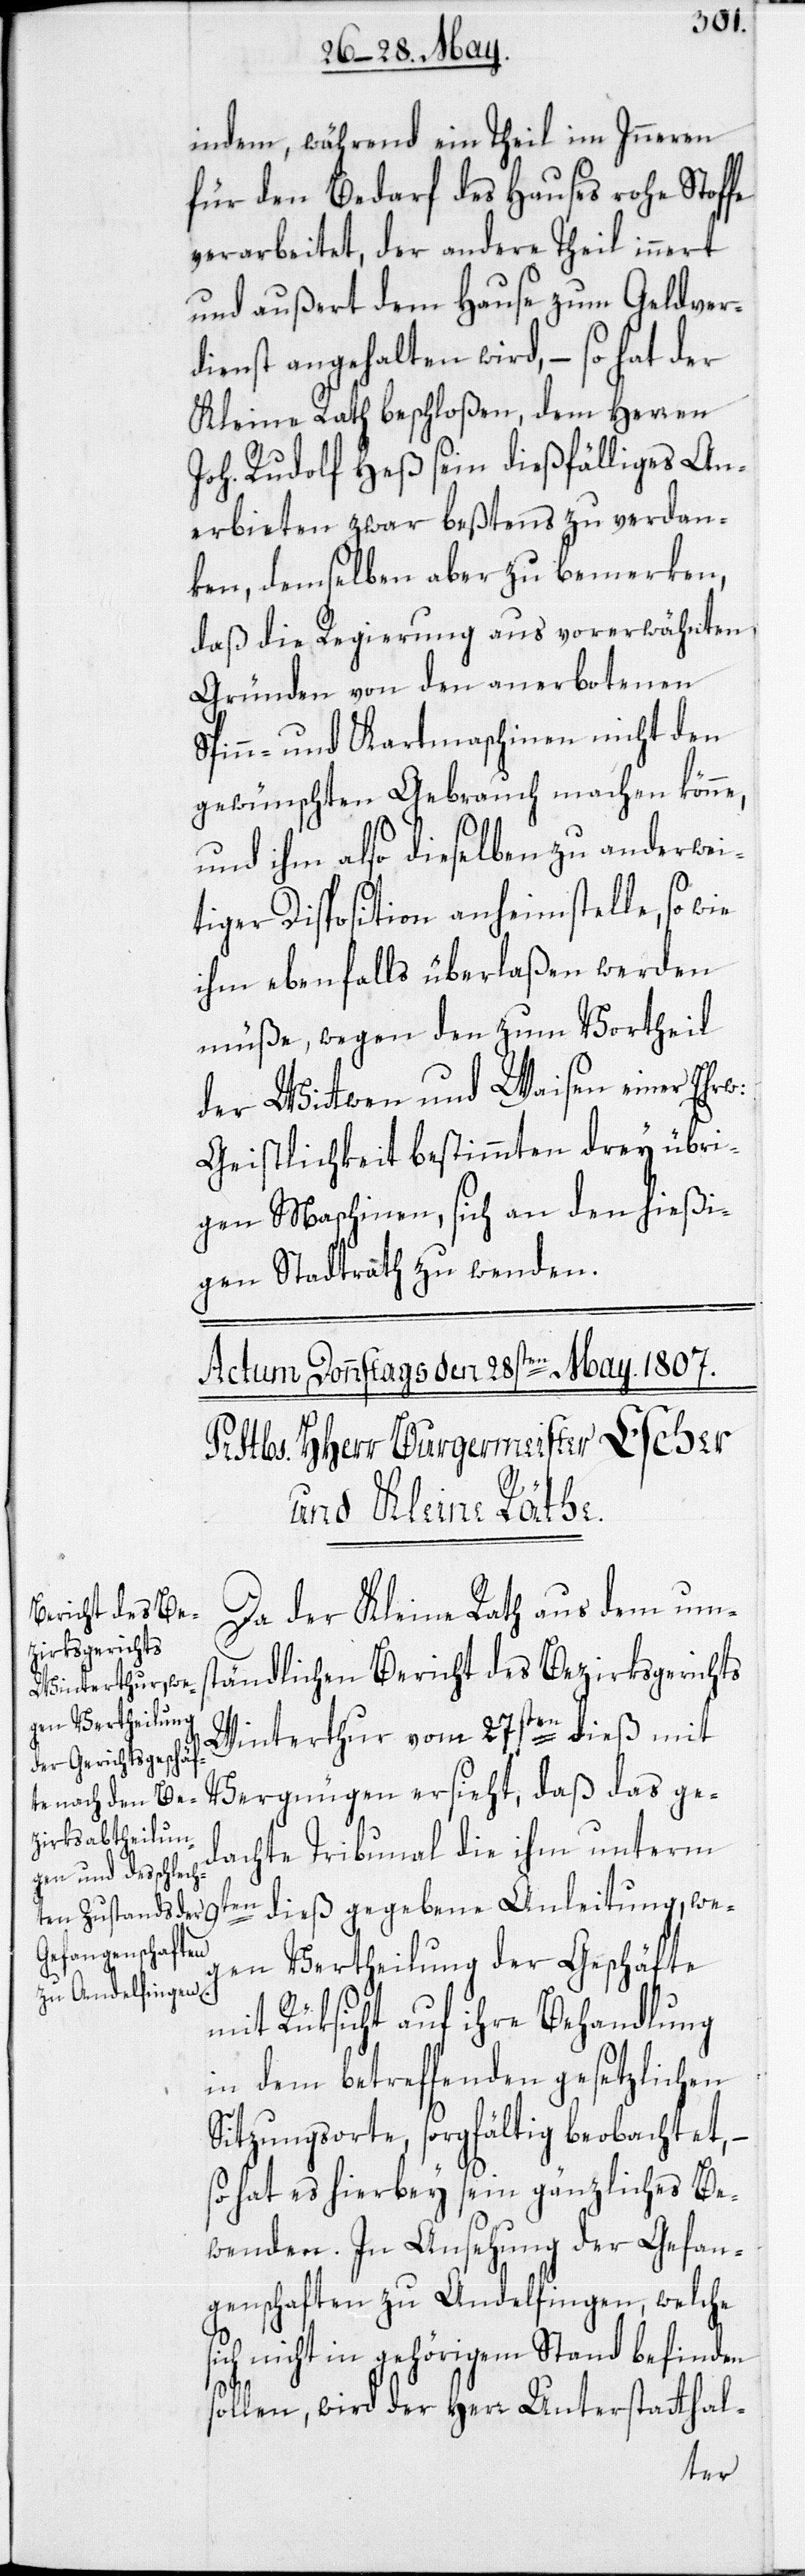
indem, während ein Theil im Inneren
für den Bedarf des Hauses rohe Stoffe
verarbeitet, der andere Theil innert
und außert dem Hause zum Geldver¬
dienst angehalten wird, – so hat der
Kleine Rath beschloßen, dem Herren
Joh. Rudolf Heß sein dießfälliges An¬
erbieten zwar beßtens zu verdan¬
ken, demselben aber zu bemerken,
daß die Regierung aus vorerwähnten
Gründen von den anerbotenen
Spinn- und Kartmaschinen nicht den
gewünschten Gebrauch machen könne,
9t¬
und ihm also dieselben zu anderwei¬
tiger Disposition anheimstelle, so wie
ihm ebenfalls überlaßen werden
müße, wegen den zum Vortheil
der Wittwen und Waisen einer
Geistlichkeit bestimmten drey übri¬
gen Maschinen, sich an den hießi¬
gen Stadtrath zu wenden.
Da der Kleine Rath aus dem ums¬
tändlichen Bericht des Bezirksgerichts
Winterthur vom 27sten dieß mit
Vergnügen ersieht, daß das ge¬
dachte Tribunal die ihm unterm
en dieß gegebene Anleitung, we¬
gen Vertheilung der Geschäfte
mit Rüksicht auf ihre Behandlung
in dem betreffenden gesetzlichen
Sitzungsorte, sorgfältig beobachtet,
hat es hierbey sein gänzliches Be¬
wenden. In Ansehung der Gefan¬
genschaften zu Andelfingen, welche
sich nicht in gehörigem Stand befinden
sollen, wird der Herr Unterstatthal-